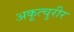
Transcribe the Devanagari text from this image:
अकूत्चुरीर